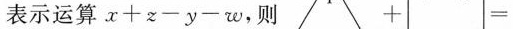
表示运算$$x + z - y - w$$，则 + =